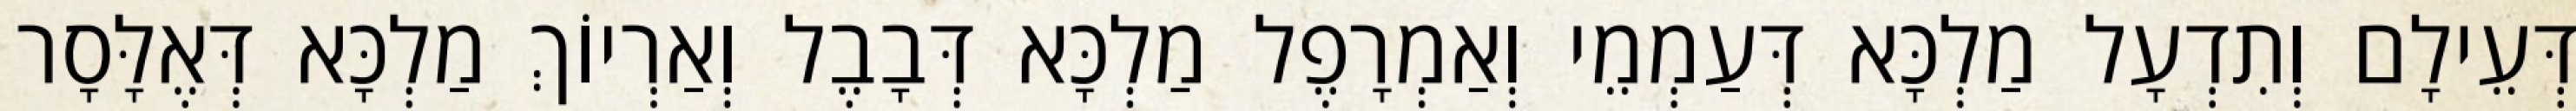
דְּעֵילָם וְתִדְעָל מַלְכָּא דְּעַמְמֵי וְאַמְרָפֶל מַלְכָּא דְּבָבֶל וְאַרְיוֹךְ מַלְכָּא דְּאֶלָּסָר